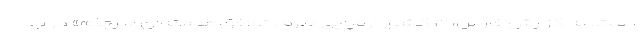
است. به گزارش فارس، ۳ کشور اروپایی طرف توافق هسته‌ای «برجام» در ب